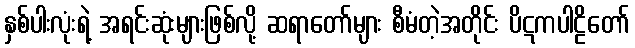
နှစ်ပါးလုံးရဲ့ အရင်းဆုံးများဖြစ်လို့ ဆရာတော်များ စီမံတဲ့အတိုင်း ပိဋကပါဠိတော်